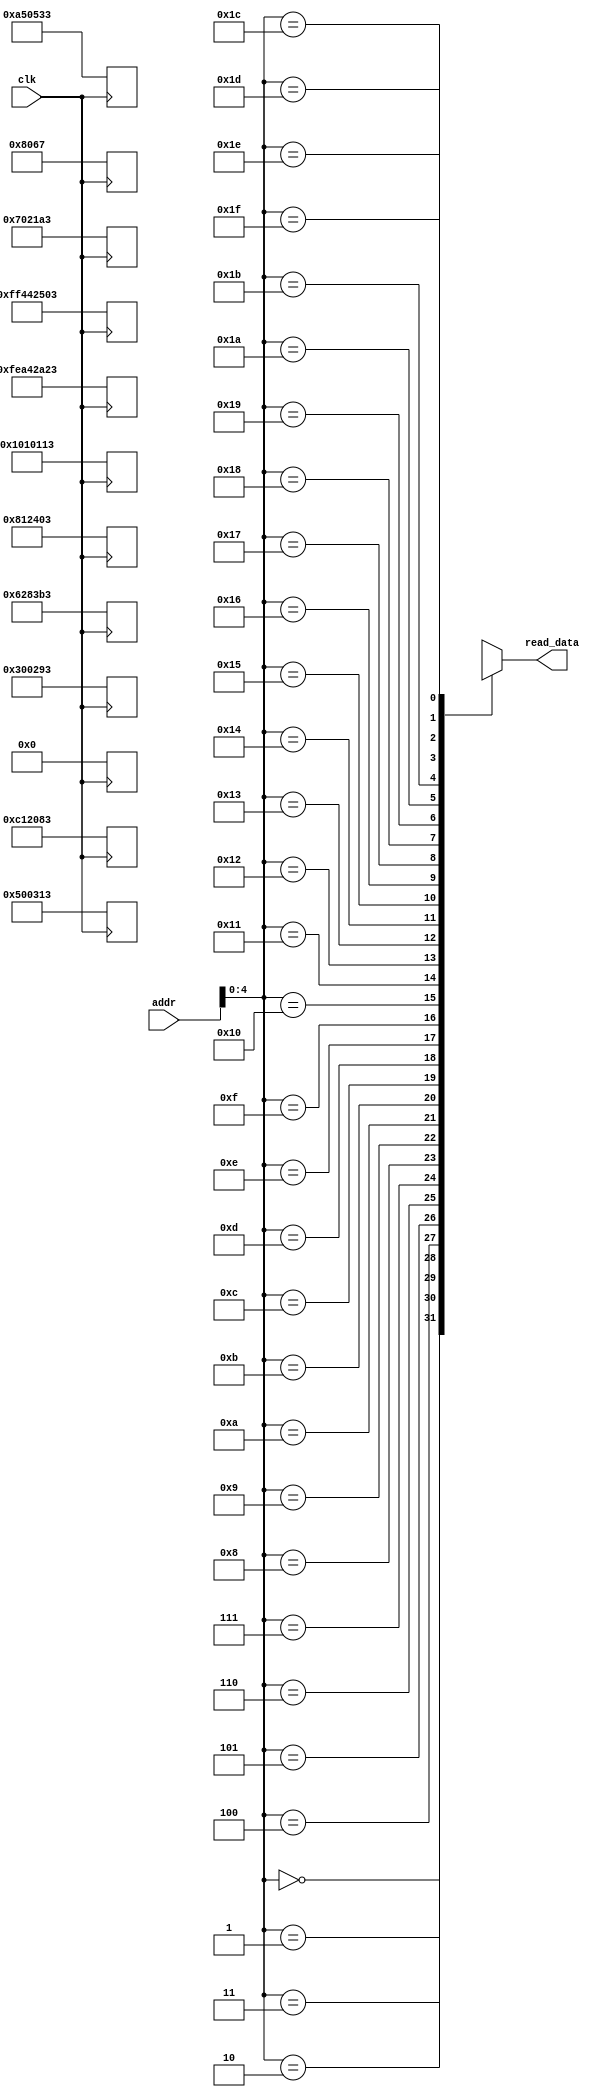
module inst_mem(
	input clk,
	input [31:0] addr,
	output [31:0] read_data
);
	reg [31:0] mem [0 : 31];
	assign read_data = mem[addr];
	
	always @(posedge clk)
	begin
		mem[0] = {32{1'b0}};
		mem[1] = 32'b000000000011_00000_000_00101_0010011;
		mem[2] = 32'b000000000101_00000_000_00110_0010011;
		mem[3] = 32'b000000000110_00101_000_00111_0110011;
		mem[4] = 32'b00000000011100000_010_00011_0100011;
		mem[5] = 32'b11111110101001000010101000100011;
		mem[6] = 32'b11111111010001000010010100000011;
		mem[7] = 32'b00000000101001010000010100110011;
		mem[8] = 32'b00000000100000010010010000000011;
		mem[9] = 32'b00000000110000010010000010000011;
		mem[10] = 32'b00000001000000010000000100010011;
		mem[11] = 32'b00000000000000001000000001100111;
		
	
	end
endmodule